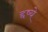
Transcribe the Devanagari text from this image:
द्दष्ये